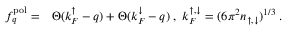
\begin{array} { r l } { f _ { q } ^ { \mathrm { p o l } } = } & { \Theta ( k _ { F } ^ { \mathord { \uparrow } } - q ) + \Theta ( k _ { F } ^ { \mathord { \downarrow } } - q ) \; , ~ k _ { F } ^ { \mathord { \uparrow } , \mathord { \downarrow } } = ( 6 \pi ^ { 2 } n _ { \mathord { \uparrow } , \mathord { \downarrow } } ) ^ { 1 / 3 } \; . } \end{array}